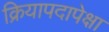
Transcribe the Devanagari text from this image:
क्रियापदापेक्षा